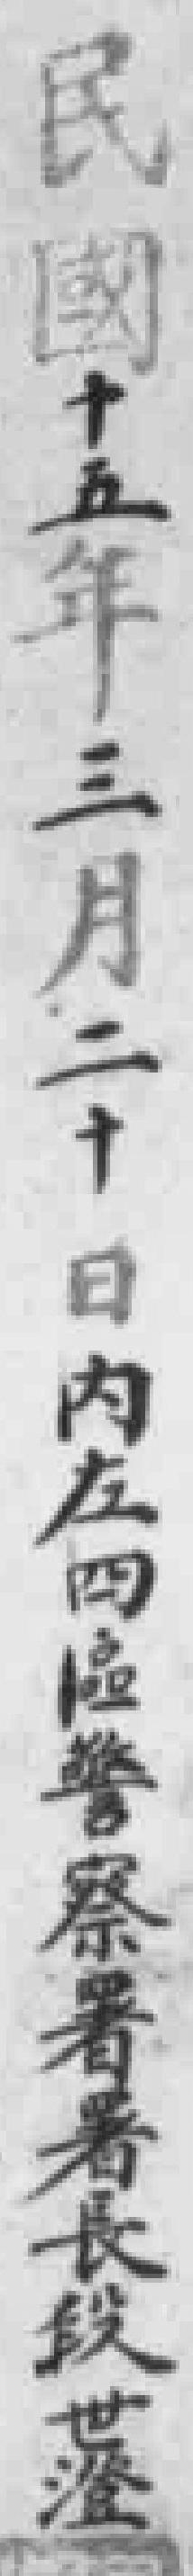
民國十五年三月二十日内左四區警察署署長段世澄